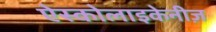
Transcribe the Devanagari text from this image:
ऐस्कोलाइकेनीज़